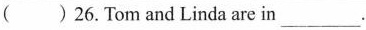
( ) 26. Tom and Linda are in ___.